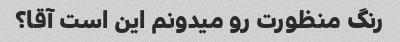
رنگ منظورت رو میدونم این است آقا؟